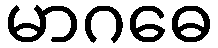
မာဂဓေ